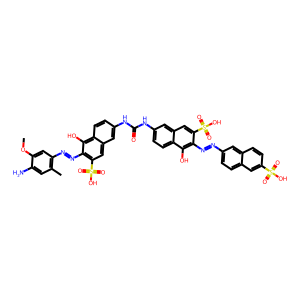
SMILES: COc1cc(N=Nc2c(S(=O)(=O)O)cc3cc(NC(=O)Nc4ccc5c(O)c(N=Nc6ccc7cc(S(=O)(=O)O)ccc7c6)c(S(=O)(=O)O)cc5c4)ccc3c2O)c(C)cc1N
Inhibits HIV replication: Yes